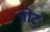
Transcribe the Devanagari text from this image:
पोटं